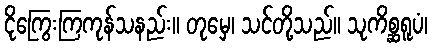
ငိုကြွေးကြကုန်သနည်း။ တုမှေ၊ သင်တို့သည်။ သုကိစ္ဆရူပံ၊